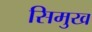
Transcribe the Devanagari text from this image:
सिमुख